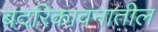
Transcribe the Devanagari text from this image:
बदरिकावनातील